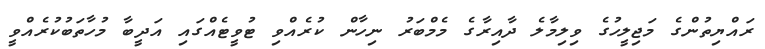
ރައްޔިތުންގެ މަޖިލީހުގެ ވިލިމާލެ ދާއިރާގެ މެމްބަރު ނިހާން ކުރެއްވި ޓުވީޓެއްގައި އަދީބާ މުހާތަބުކުރެއްވީ